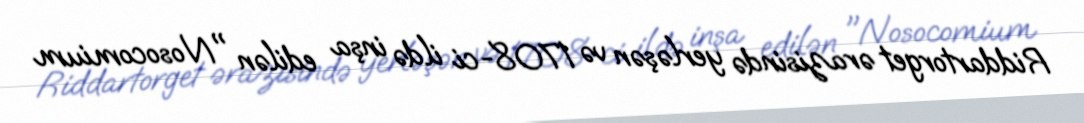
Riddartorget ərazisində yerləşən və 1708-ci ildə inşa edilən "Nosocomium